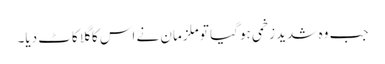
جب وہ شدید زخمی ہو گیا تو ملزمان نے اس کا گلا کاٹ دیا۔